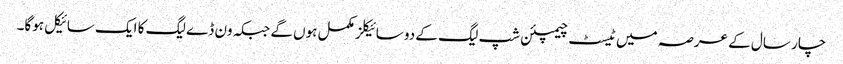
چار سال کے عرصہ میں ٹیسٹ چیمپئن شپ لیگ کے دو سائیکلز مکمل ہوں گے جبکہ ون ڈے لیگ کا ایک سائیکل ہوگا۔